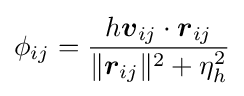
\phi _{ij}={\frac {h{\boldsymbol {v}}_{ij}\cdot {\boldsymbol {r}}_{ij}}{\Vert {\boldsymbol {r}}_{ij}\Vert ^{2}+\eta _{h}^{2}}}